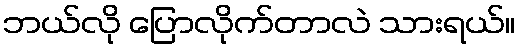
ဘယ်လို ပြောလိုက်တာလဲ သားရယ်။